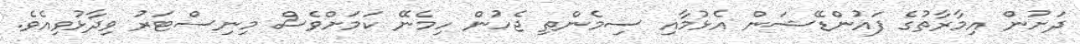
ދަށުން އިމާރާތުގެ ފައުންޑޭޝަން އެޅުމާއި ސިމެންތި ޖެހުން ހިމެނޭ ކަމަށްވެސް މިނިސްޓަރު ވިދާޅުވިއެވެ.